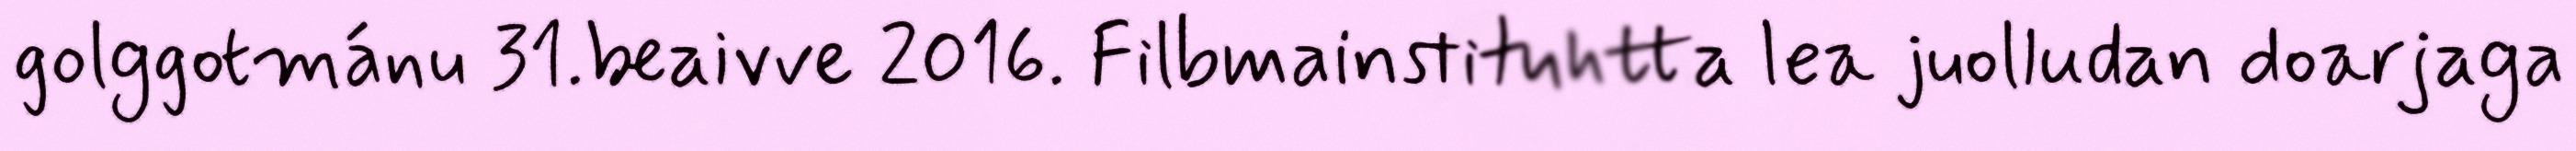
golggotmánu 31.beaivve 2016. Filbmainstituhtta lea juolludan doarjaga